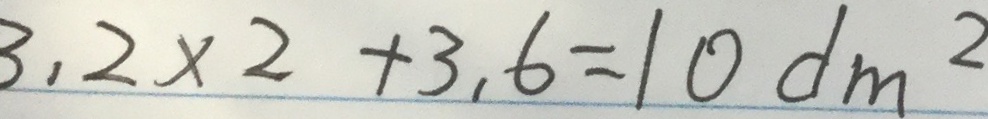
3 . 2 \times 2 + 3 . 6 = 1 0 d m ^ { 2 }